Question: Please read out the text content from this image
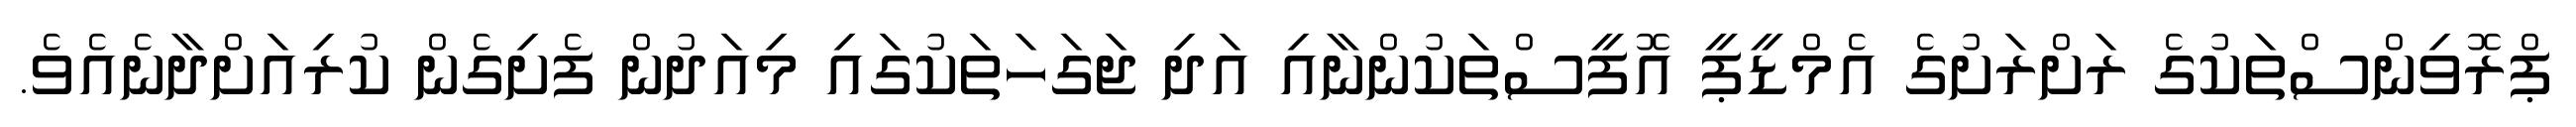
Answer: ޕްރޮވިންސްތަކުގެ ރަށްރަށުގެ އެމްޑީޕީ އޮފީސްތަކުންނާއި އަދި ޖަގަހަތަކުގައި މިއަދުން ފެށިގެން ކުރިއަށްދާނެއެވެ.